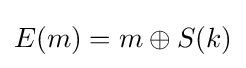
E(m)=m\oplus S(k)